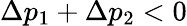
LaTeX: \Delta p_{1}+\Delta p_{2}<0